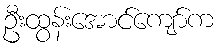
ဦးထွန်းအောင်ကျော်က